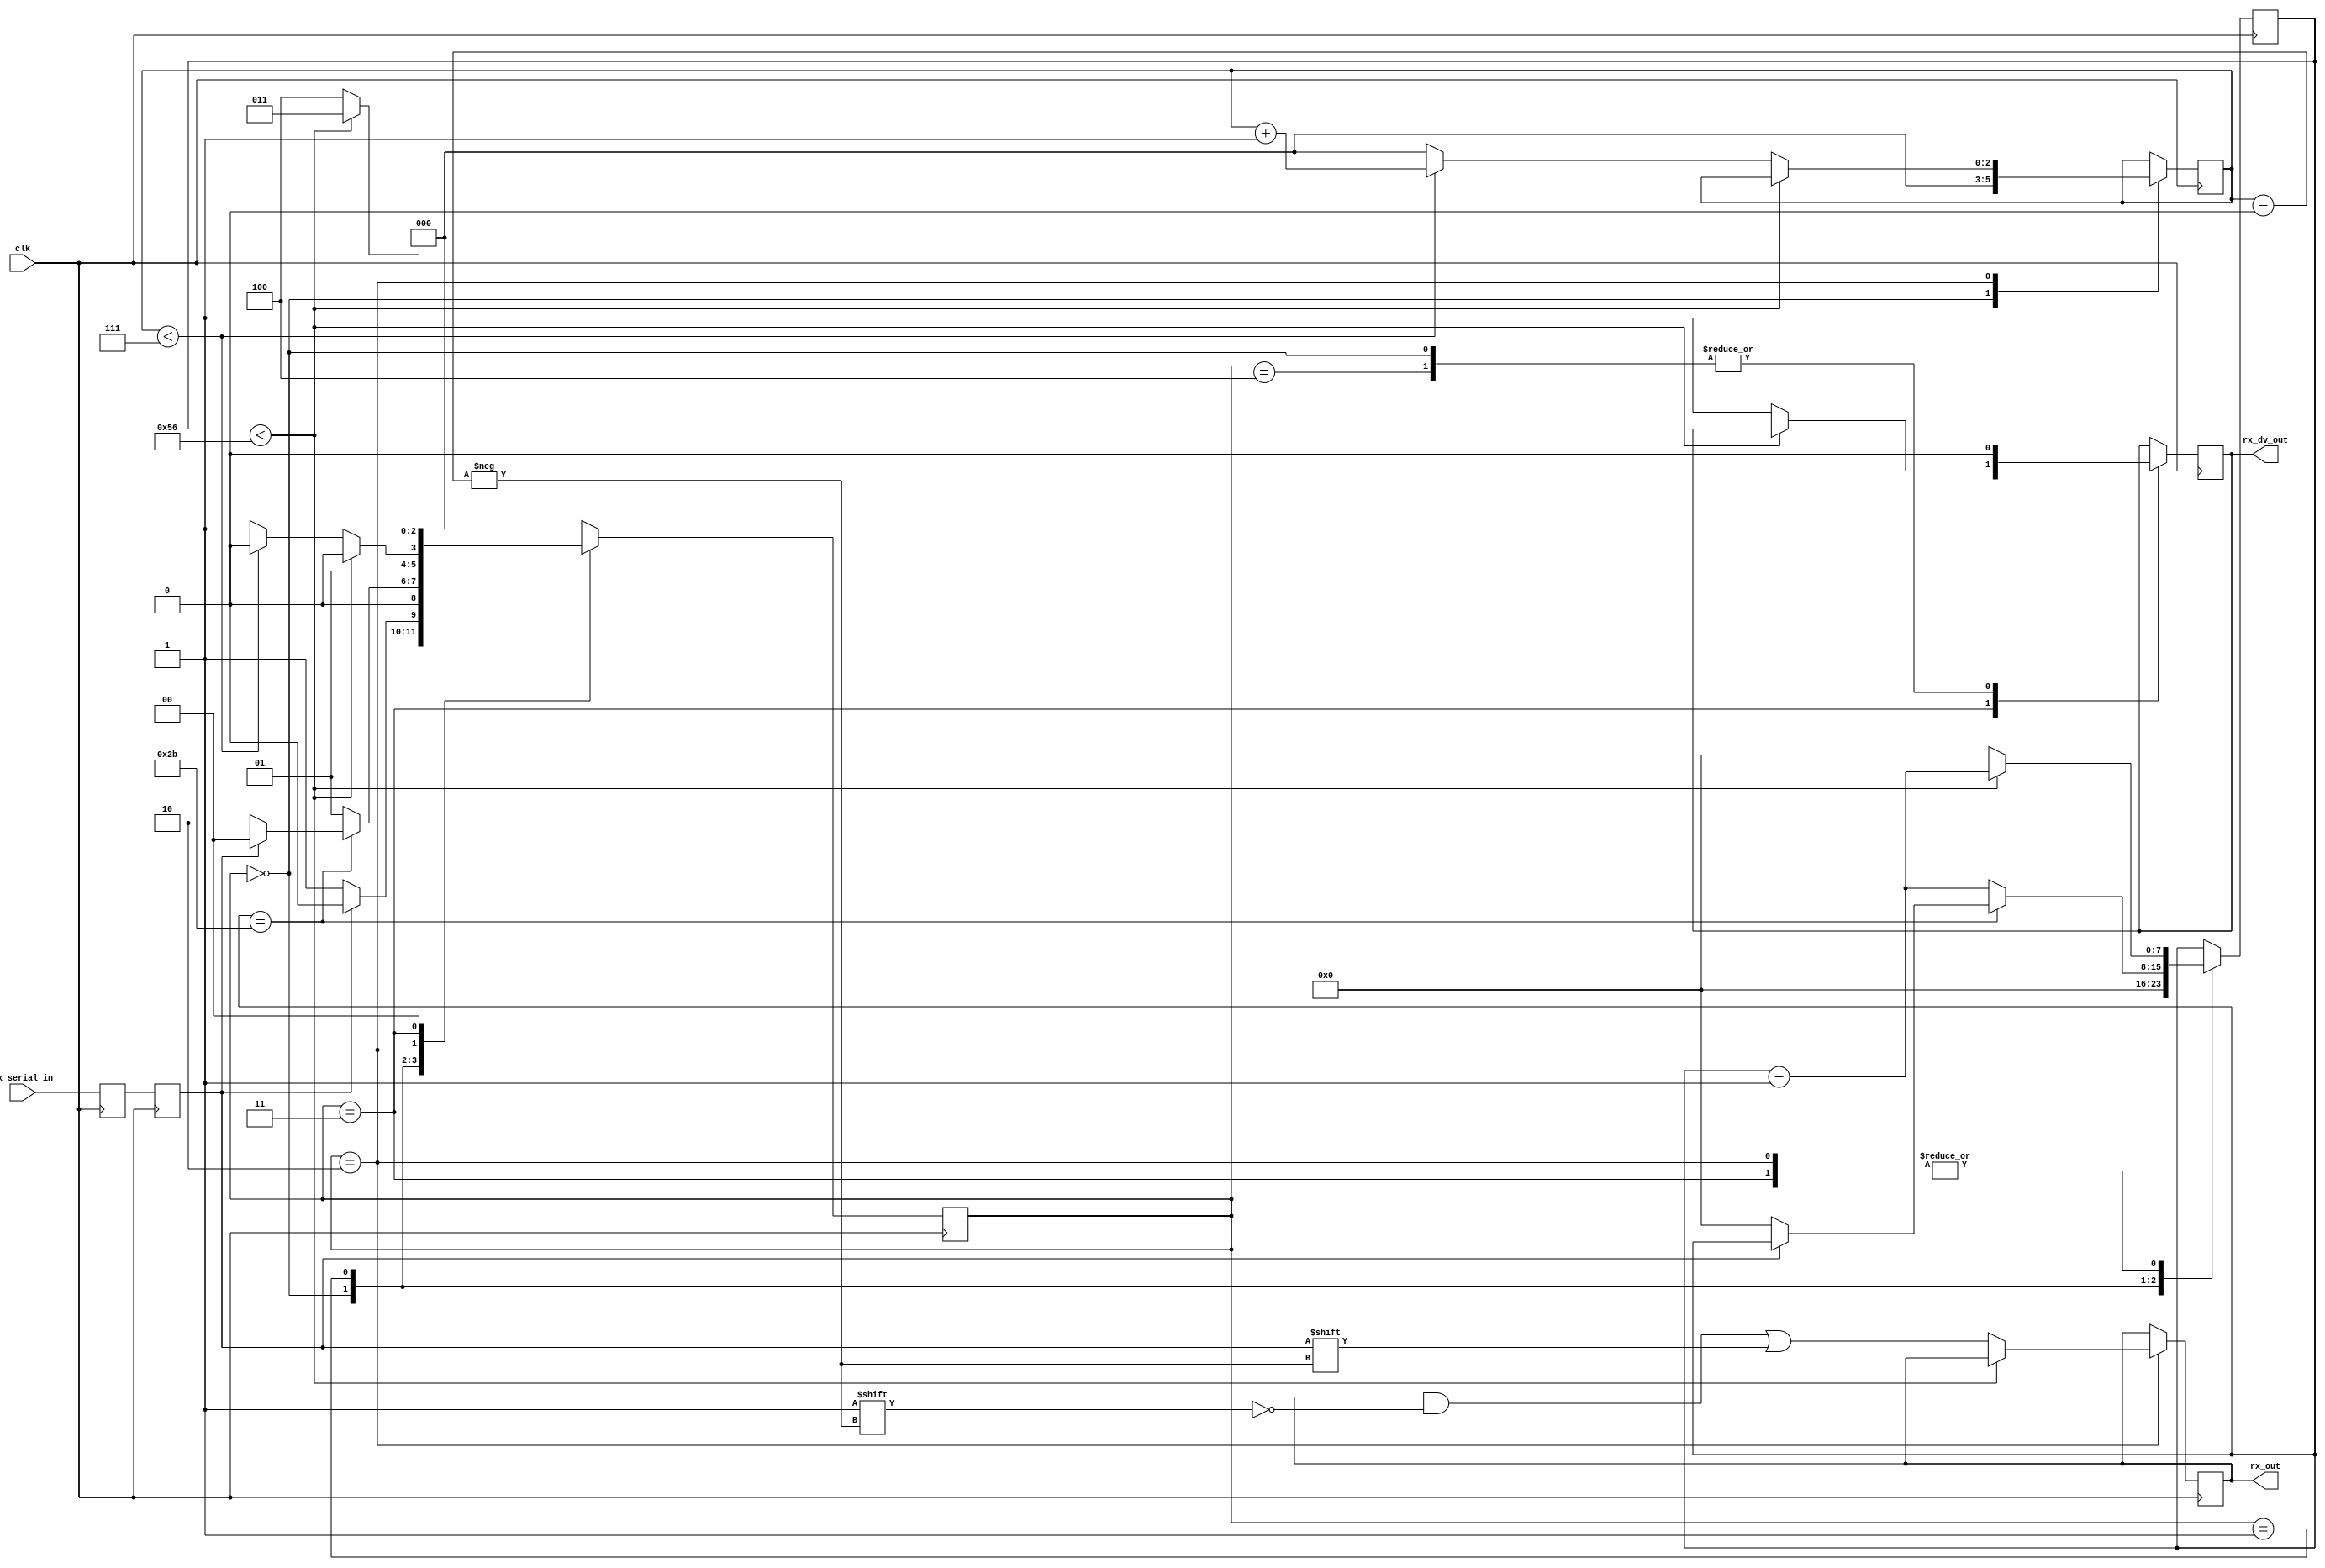
// clk_per_bit = (Frequency of clk)/(Frequency of UART)
// Example: 10 MHz Clock, 115200 baud UART
// (10000000)/(115200) = 87
  
module uart_rx 
  #(parameter clk_per_bit = 87)
  (
   input        clk,
   input        rx_serial_in,
   output       rx_dv_out,
   output [7:0] rx_out
   );
    
  parameter idle  = 3'b000;
  parameter start = 3'b001;
  parameter data  = 3'b010;
  parameter stop  = 3'b011;
  parameter restart = 3'b100;
   
  reg   rx_data_f = 1'b1;
  reg   rx_data   = 1'b1;
   
  reg [7:0] count = 0;
  reg [2:0] index = 0; 
  reg [7:0] rx_b  = 0;
  reg       rx_dv = 0;
  reg [2:0] state = 0;
   
  always @(posedge clk)
    begin
      rx_data_f <= rx_serial_in;
      rx_data   <= rx_data_f;
    end
   
   
  always @(posedge clk)
    begin
       
      case (state)
        idle :
          begin
            rx_dv <= 1'b0;
            count <= 0;
            index <= 0;
             
            if (rx_data == 1'b0)          // Start bit detected
              state <= start;
            else
              state <= idle;
          end
         
        start :
          begin
            if (count == (clk_per_bit-1)/2) // Pick the middle of the start bit to be sure bit is low.
              begin
                if (rx_data == 1'b0)
                  begin
                    count <= 0; 
                    state <= data;
                  end
                else
                  state <= idle;
              end
            else
              begin
                count <= count + 1;
                state <= start;
              end
          end
         
         
        // Wait clk_per_bit-1 clock cycles to sample serial data
        data :
          begin
            if (count < clk_per_bit-1)
              begin
                count <= count + 1;
                state <= data;
              end
            else
              begin
                count <= 0;
                rx_b[index] <= rx_data;
                 
                // Check if we have received all bits
                if (index < 7)
                  begin
                    index <= index + 1;
                    state <= data;
                  end
                else
                  begin
                    index <= 0;
                    state <= stop;
                  end
              end
          end
        
        stop :
          begin
            // Wait clk_per_bit-1 clock cycles for Stop bit to finish
            if (count < clk_per_bit-1)
              begin
                count <= count + 1;
                state     <= stop;
              end
            else
              begin
                rx_dv       <= 1'b1;
                count <= 0;
                state     <= restart;
              end
          end // case: stop
     
         
        // Stay here 1 clock
        restart :
          begin
            state <= idle;
            rx_dv   <= 1'b0;
          end
         
         
        default :
          state <= idle;
         
      endcase
    end   
   
  assign rx_dv_out   = rx_dv;
  assign rx_out = rx_b;
   
endmodule